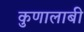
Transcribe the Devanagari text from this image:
कुणालाबी